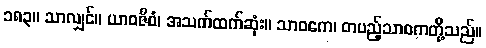
၁၈၃။ သာလျှင်။ ယာဝဇီဝံ၊ အသက်ထက်ဆုံး။ သာဝကေ၊ တပည့်သာဝကတို့သည်။